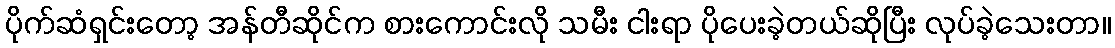
ပိုက်ဆံရှင်းတော့ အန်တီဆိုင်က စားကောင်းလို သမီး ငါးရာ ပိုပေးခဲ့တယ်ဆိုပြီး လုပ်ခဲ့သေးတာ။